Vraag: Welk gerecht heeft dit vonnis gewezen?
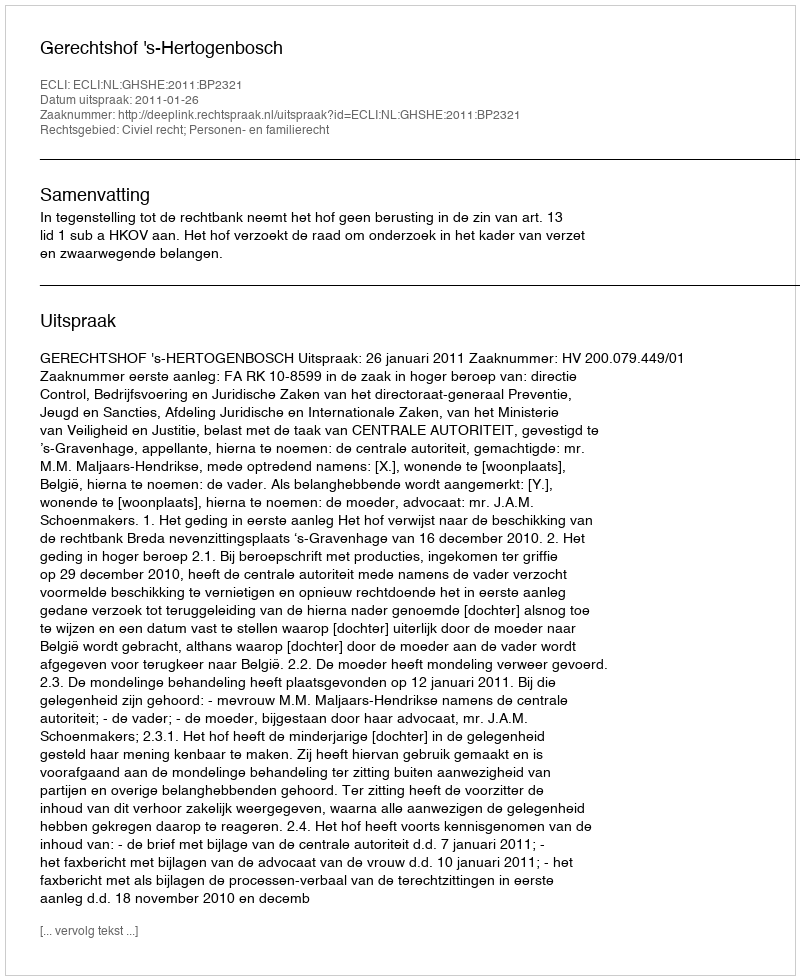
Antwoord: Gerechtshof 's-Hertogenbosch